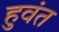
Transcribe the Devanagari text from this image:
हुवंत